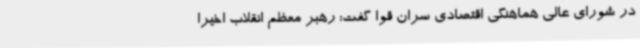
در شورای عالی هماهنگی اقتصادی سران قوا گفت: رهبر معظم انقلاب اخیرا